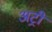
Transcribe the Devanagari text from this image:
अट्री